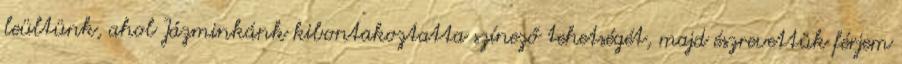
leültünk, ahol Jázminkánk kibontakoztatta színező tehetségét, majd észrevettük férjem